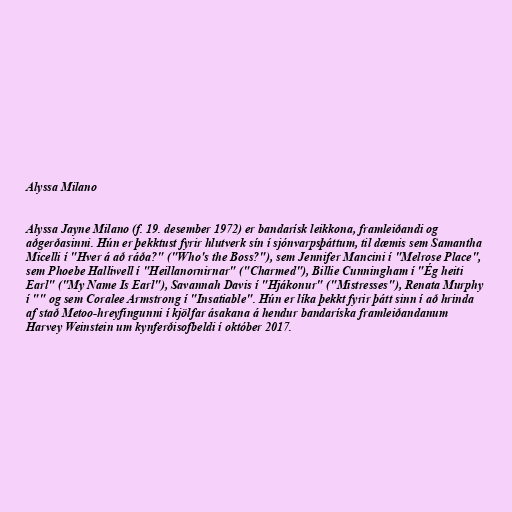
Alyssa Milano

Alyssa Jayne Milano (f. 19. desember 1972) er bandarísk leikkona, framleiðandi og
aðgerðasinni. Hún er þekktust fyrir hlutverk sín í sjónvarpsþáttum, til dæmis sem Samantha
Micelli í "Hver á að ráða?" ("Who's the Boss?"), sem Jennifer Mancini í "Melrose Place",
sem Phoebe Halliwell í "Heillanornirnar" ("Charmed"), Billie Cunningham í "Ég heiti
Earl" ("My Name Is Earl"), Savannah Davis í "Hjákonur" ("Mistresses"), Renata Murphy
í "" og sem Coralee Armstrong í "Insatiable". Hún er líka þekkt fyrir þátt sinn í að hrinda
af stað Metoo-hreyfingunni í kjölfar ásakana á hendur bandaríska framleiðandanum
Harvey Weinstein um kynferðisofbeldi í október 2017.